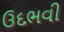
ઉદભવી